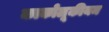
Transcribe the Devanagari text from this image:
काकोलूकीयम